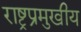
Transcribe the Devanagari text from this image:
राष्ट्रप्रमुखीय